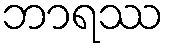
ဘာရဿ